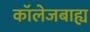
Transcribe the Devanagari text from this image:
कॉलेजबाह्य